Indian journal of veterinary science and animal husbandry - Volume 1,
Year: 1931
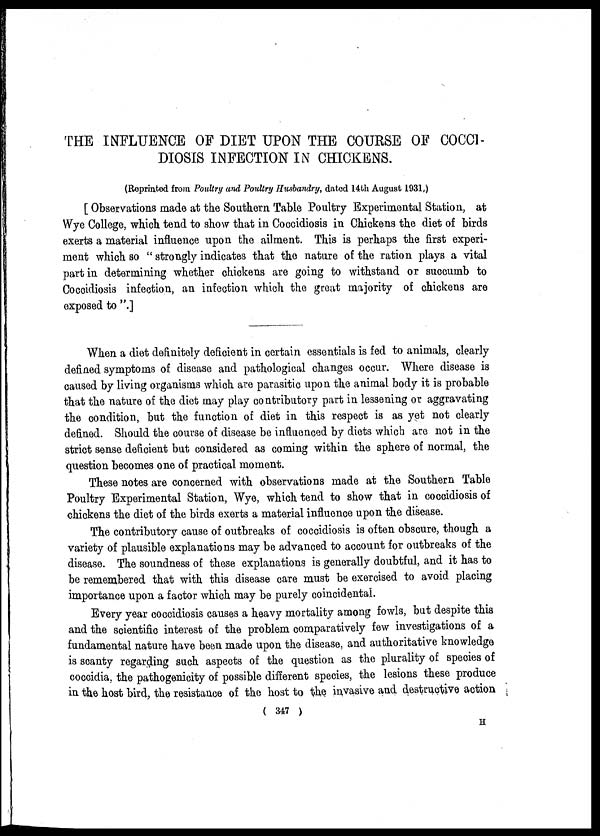
THE INFLUENCE OF DIET UPON THE COURSE OF COCCI -
DIOSIS INFECTION IN CHICKENS,
(Reprinted from Poultry and Poultry Husbandry, dated 14th August 1931.)
[ Observations made at the Southern Table Poultry Experimental Station, at
Wye College, which tend to show that in Coccidiosis in Chickens the diet of birds
exerts a material influence upon the ailment. This is perhaps the first experi-
ment which so " strongly indicates that the nature of the ration plays a vital
part in determining whether chickens are going to withstand or succumb to
Coccidiosis infection, an infection which the great majority of chickens are
exposed to ".]
When a diet definitely deficient in certain essentials is fed to animals, clearly
defined symptoms of disease and pathological changes occur. Where disease is
caused by living organisms which are parasitic upon the animal body it is probable
that the nature of the diet may play contributory part in lessening or aggravating
the condition, but the function of diet in this respect is as yet not clearly
defined. Should the course of disease be influenced by diets which are not in the
strict sense deficient but considered as coming within the sphere of normal, the
question becomes one of practical moment.
These notes are concerned with observations made at the Southern Table
Poultry Experimental Station, Wye, which tend to show that in coccidiosis of
chickens the diet of the birds exerts a material influence upon the disease.
The contributory cause of outbreaks of coccidiosis is often obscure, though a
variety of plausible explanations may be advanced to account for outbreaks of the
disease. The soundness of these explanations is generally doubtful, and it has to
be remembered that with this disease care must be exercised to avoid placing
importance upon a factor which may be purely coincidental.
Every year coccidiosis causes a heavy mortality among fowls, but despite this
and the scientific interest of the problem comparatively few investigations of a
fundamental nature have been made upon the disease, and authoritative knowledge
is scanty regarding such aspects of the question as the plurality of species of
coccidia, the pathogenicity of possible different species, the lesions these produce
in the host bird, the resistance of the host to the invasive and destructive action
( 347 )
H